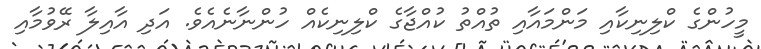
މީހުންގެ ކްލިނިކާއި މަންމައާއި ތުއްތު ކުއްޖާގެ ކްލިނިކެއް ހުންނާނެއެވެ. އަދި އާއިލާ ރޭވުމާއި